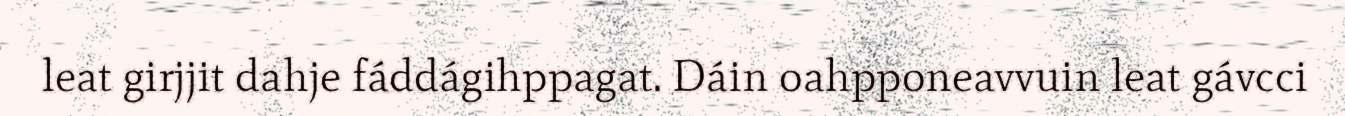
leat girjjit dahje fáddágihppagat. Dáin oahpponeavvuin leat gávcci